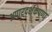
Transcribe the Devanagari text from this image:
अपारदर्शकपणा